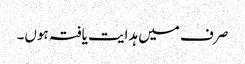
صرف میں ہدایت یافتہ ہوں۔